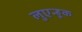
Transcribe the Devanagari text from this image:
लुएन्हूक